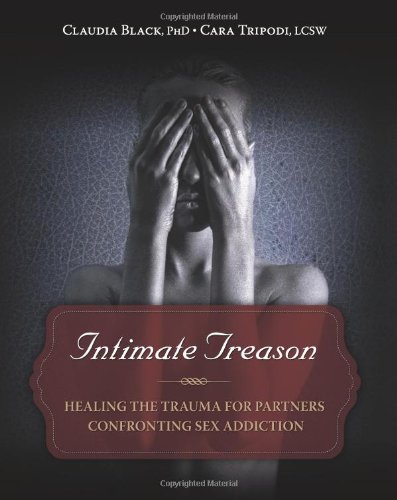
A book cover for Intimate Treason: Healing the Trauma for Partners Confronting Sex Addiction; Claudia Black; Health, Fitness & Dieting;